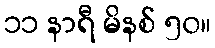
၁၁ နာရီ မိနစ် ၅၀။